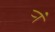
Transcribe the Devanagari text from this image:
र्‍ां